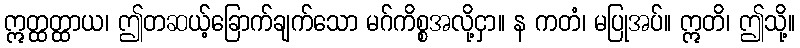
ဣတ္ထတ္ထာယ၊ ဤတဆယ့်ခြောက်ချက်သော မဂ်ကိစ္စအလို့ငှာ။ န ကတံ၊ မပြုအပ်။ ဣတိ၊ ဤသို့။